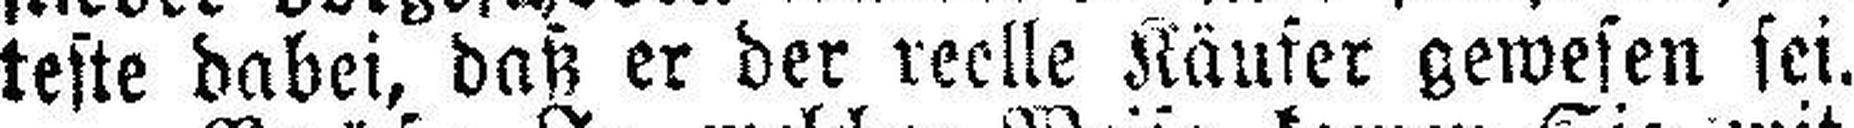
teste dabei, daß er der reelle Käufer gewesen sei.